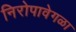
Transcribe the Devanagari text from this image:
निरोपावेगळा